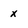
Character: x